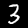
Label: 3